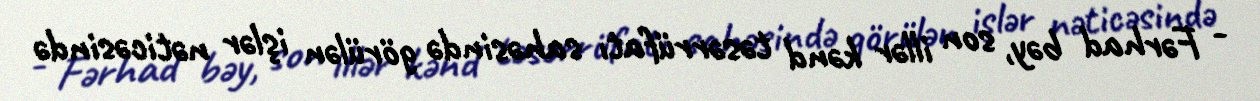
- Fərhad bəy, son illər kənd təsərrüfatı sahəsində görülən işlər nəticəsində